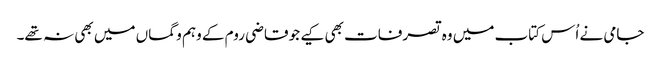
جامی نے اُس کتاب میں وہ تصرفات بھی کیے جو قاضی روم کے وہم و گماں میں بھی نہ تھے۔